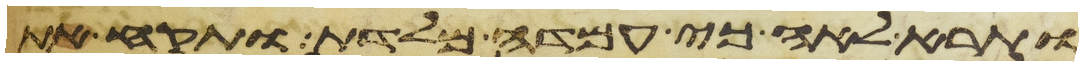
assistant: ותרא לאה כי עמדה מלדת ותקח את